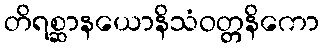
တိရစ္ဆာနယောနိသံဝတ္တနိကော